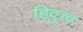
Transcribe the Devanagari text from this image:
हिदुत्त्व